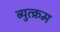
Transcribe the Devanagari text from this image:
ब्युत्क्रम